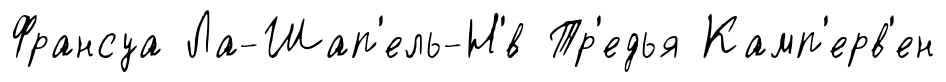
Франсуа Ла-Шап'ель-Н'́в Тр'едья Камп'ерв'ен